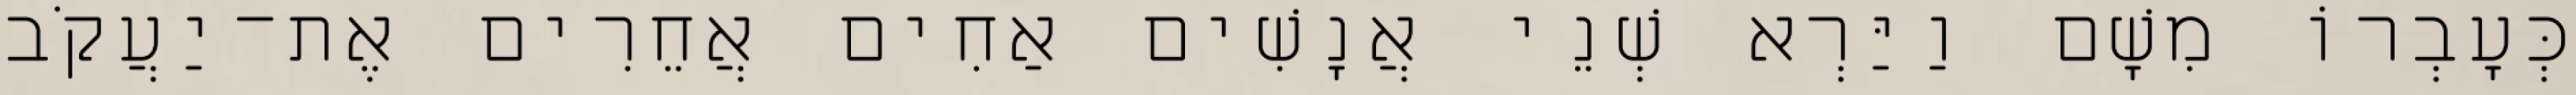
כְּעָבְרוֹ מִשָׁם וַיַּרְא שְׁנֵי אֲנָשִׁים אַחִים אֲחֵרִים אֶת־יַעֲקֹב